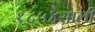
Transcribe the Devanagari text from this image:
१८५४साली